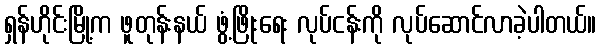
ရှန်ဟိုင်းမြို့က ဖူတုန်းနယ် ဖွံ့ဖြိုးရေး လုပ်ငန်းကို လုပ်ဆောင်လာခဲ့ပါတယ်။